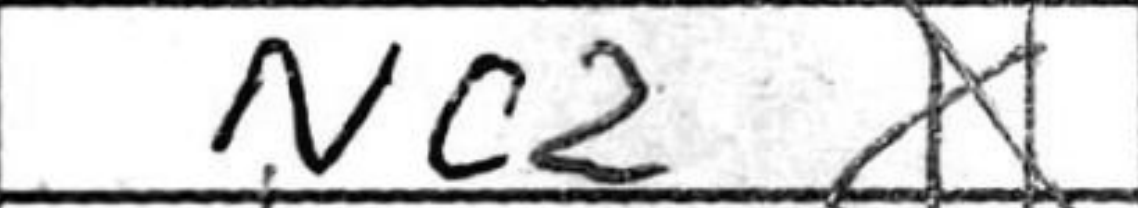
Transcription: Nc2